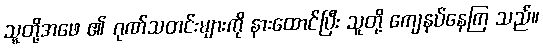
သူတို့အဖေ ၏ ဂုဏ်သတင်းများကို နားထောင်ပြီး သူတို့ ကျေနပ်နေကြ သည်။